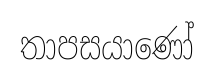
තාපසයාණෝ